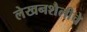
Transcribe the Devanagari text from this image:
लेखनशैलीचे